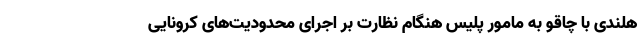
هلندی با چاقو به مامور پلیس هنگام نظارت بر اجرای محدودیت‌های کرونایی